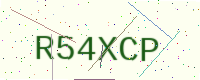
Text: R54XCP